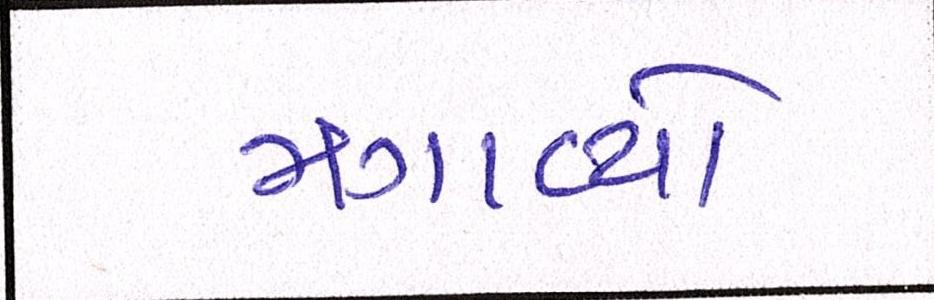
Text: મગાવ્યો